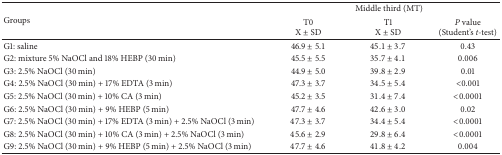
| <ROWSPAN=2> Groups | <COLSPAN=3> Middle third (MT) |
 | T0 X ± SD | T1 X ± SD | P value (Student's t-test) |
 | --- | --- | --- | --- |
 | G1: saline | 46.9 ± 5.1 | 45.1 ± 3.7 | 0.43 |
 | G2: mixture 5% NaOCl and 18% HEBP (30 min) | 45.5 ± 5.5 | 35.7 ± 4.1 | 0.006 |
 | G3: 2.5% NaOCl (30 min) | 44.9 ± 5.0 | 39.8 ± 2.9 | 0.01 |
 | G4: 2.5% NaOCl (30 min) + 17% EDTA (3 min) | 47.3 ± 3.7 | 34.5 ± 5.4 | <0.001 |
 | G5: 2.5% NaOCl (30 min) + 10% CA (3 min) | 45.2 ± 3.5 | 31.4 ± 7.4 | <0.0001 |
 | G6: 2.5% NaOCl (30 min) + 9% HEBP (5 min) | 47.7 ± 4.6 | 42.6 ± 3.0 | 0.02 |
 | G7: 2.5% NaOCl (30 min) + 17% EDTA (3 min) + 2.5% NaOCl (3 min) | 47.3 ± 3.7 | 34.4 ± 5.4 | <0.0001 |
 | G8: 2.5% NaOCl (30 min) + 10% CA (3 min) + 2.5% NaOCl (3 min) | 45.6 ± 2.9 | 29.8 ± 6.4 | <0.0001 |
 | G9: 2.5% NaOCl (30 min) + 9% HEBP (5 min) + 2.5% NaOCl (3 min) | 47.7 ± 4.6 | 41.8 ± 4.2 | 0.004 |